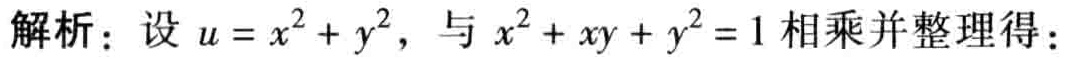
解析：设 \(u = x^{2}+y^{2}\)，与 \(x^{2}+xy + y^{2}=1\) 相乘并整理得：